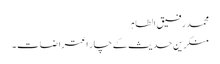
محمد رفیق الطاہر
منکرین حدیث کے چار اعتراضات ۔